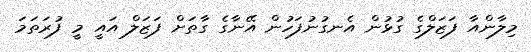
މިލާންއާ ފަޒަލްގެ ގުޅުން އެނގުނުފަހުން އޭނާގެ ގާތަށް ފަޒަލް އައީ މީ ފުރަތަމަ